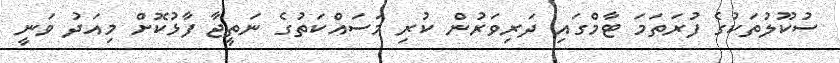
ސުކޫލުތަކުގެ ފުރަތަމަ ޓާމްގައި ދަރިވަރުން ކުރި މަސައްކަތުގެ ނަތީޖާ ފާޅުކޮށް މިއަދު ވަނީ